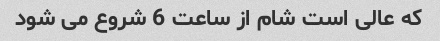
که عالی است شام از ساعت 6 شروع می شود